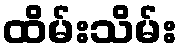
ထိမ်းသိမ်း